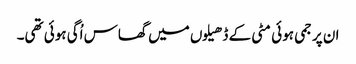
ان پر جمی ہوئی مٹی کے ڈھیلوں میں گھاس اُگی ہوئی تھی۔